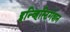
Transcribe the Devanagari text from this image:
इन्व्हिस्टिगेशन